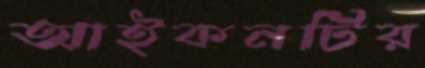
আইকনটির